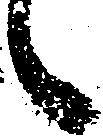
々